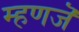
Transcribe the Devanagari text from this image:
म्हणजॆ